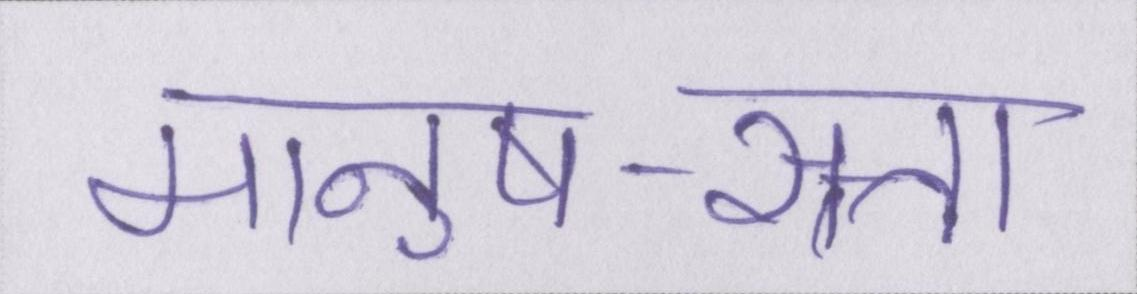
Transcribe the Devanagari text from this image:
मानुष-सत्ता